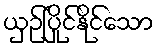
ယှဉ်ပြိုင်နိုင်သော